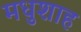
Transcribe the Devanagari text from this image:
मधुशाह